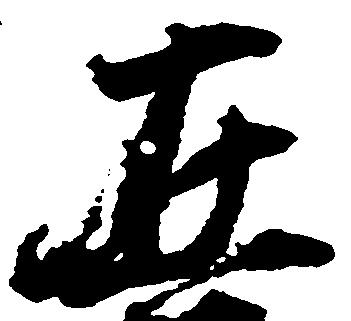
在